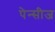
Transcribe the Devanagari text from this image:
पेन्सीज